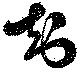
知